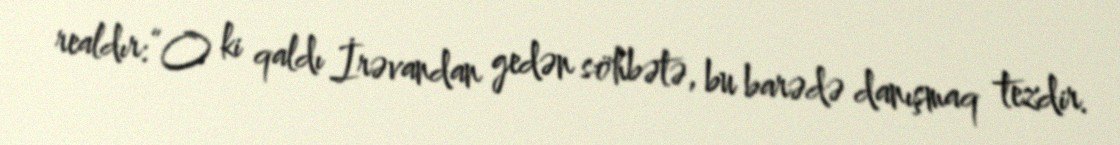
realdır:“O ki qaldı İrəvandan gedən söhbətə, bu barədə danışmaq tezdir.